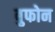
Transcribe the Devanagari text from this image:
बुफोन